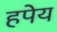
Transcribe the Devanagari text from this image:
हपेय